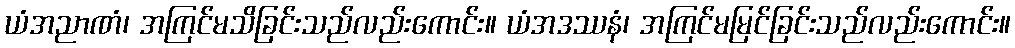
ယံအညာဏံ၊ အကြင်မသိခြင်းသည်လည်းကောင်း။ ယံအဒဿနံ၊ အကြင်မမြင်ခြင်းသည်လည်းကောင်း။